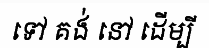
ទៅ គង់ នៅ ដើម្បី